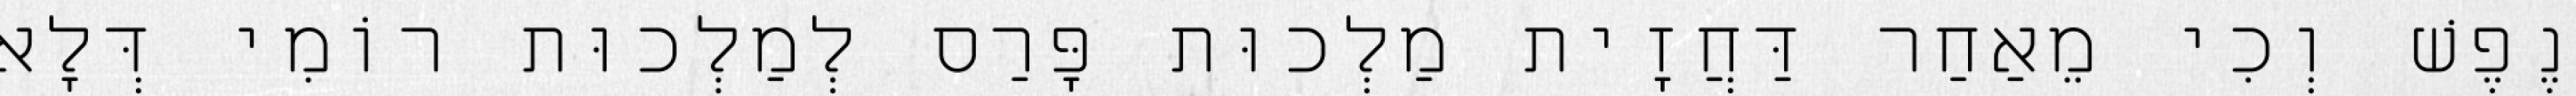
נֶפֶשׁ וְכִי מֵאַחַר דַּחֲזָית מַלְכוּת פָּרַס לְמַלְכוּת רוֹמִי דְּלָא